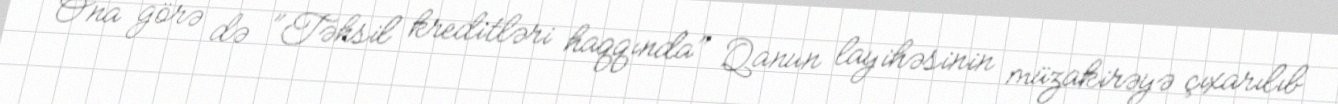
Ona görə də ”Təhsil kreditləri haqqında" Qanun layihəsinin müzakirəyə çıxarılıb